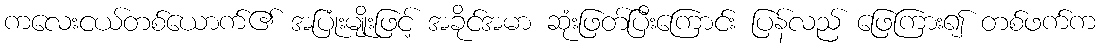
ကလေးငယ်တစ်ယောက်၏ အပြုံးမျိုးဖြင့် အခိုင်အမာ ဆုံးဖြတ်ပြီးကြောင်း ပြန်လည် ဖြေကြား၍ တစ်ဖက်က